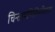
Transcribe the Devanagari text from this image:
चिन्तामणिश्चिन्तितस्य